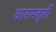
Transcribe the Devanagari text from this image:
आरामकूर्सी